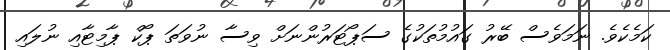
ކަމެކެވެ. ނަމަވެސް ބޭރު ގައުމުތަކުގެ ސަޕޯޓަރުންނަށް ވިސާ ނުވަތަ ޕޯކް ޕާމިޓާއި ނުލައި